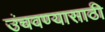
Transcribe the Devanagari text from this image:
उंचवण्यासाठी